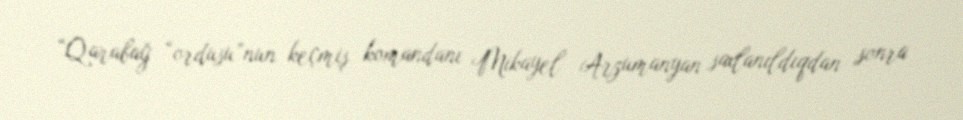
“Qarabağ “ordusu”nun keçmiş komandanı Mikayel Arzumanyan saxlanıldıqdan sonra